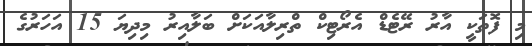
މި ފޮތަކީ އާރު ރޭޓެޑް އެރޯޓިކް ތްރިލާއަކަށް ބަލާއިރު މިދިޔަ 15 އަހަރުގެ